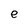
Character: e